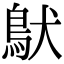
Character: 𩿁